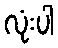
လုံးပါ